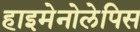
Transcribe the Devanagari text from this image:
हाइमेनोलेपिस